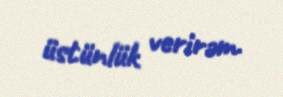
üstünlük verirəm.